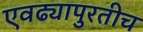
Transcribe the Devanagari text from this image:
एवढ्यापुरतीच